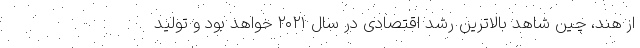
از هند، چین شاهد بالاترین رشد اقتصادی در سال ۲۰۲۱ خواهد بود و تولید